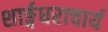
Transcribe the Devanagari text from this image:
शार्ङ्गधराचार्य